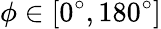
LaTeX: \phi\in[0^{\circ},180^{\circ}]